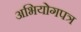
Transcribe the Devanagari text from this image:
अभियोगपत्र